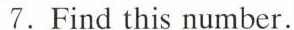
7.Find this number.